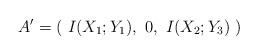
LaTeX: \begin{align*} A'=\left(\ I(X_1;Y_1),\ 0,\ I(X_2;Y_3)\ \right)\end{align*}